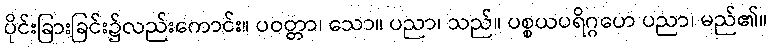
ပိုင်းခြားခြင်း၌လည်းကောင်း။ ပဝတ္တာ၊ သော။ ပညာ၊ သည်။ ပစ္စယပရိဂ္ဂဟေ ပညာ၊ မည်၏။